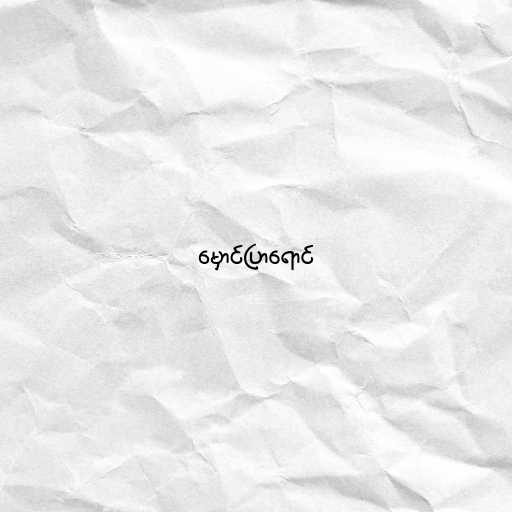
မှောင်ပြာရောင်